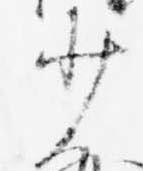
少